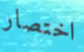
اختصار